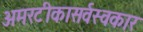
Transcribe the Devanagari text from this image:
अमरटीकासर्वस्वकार